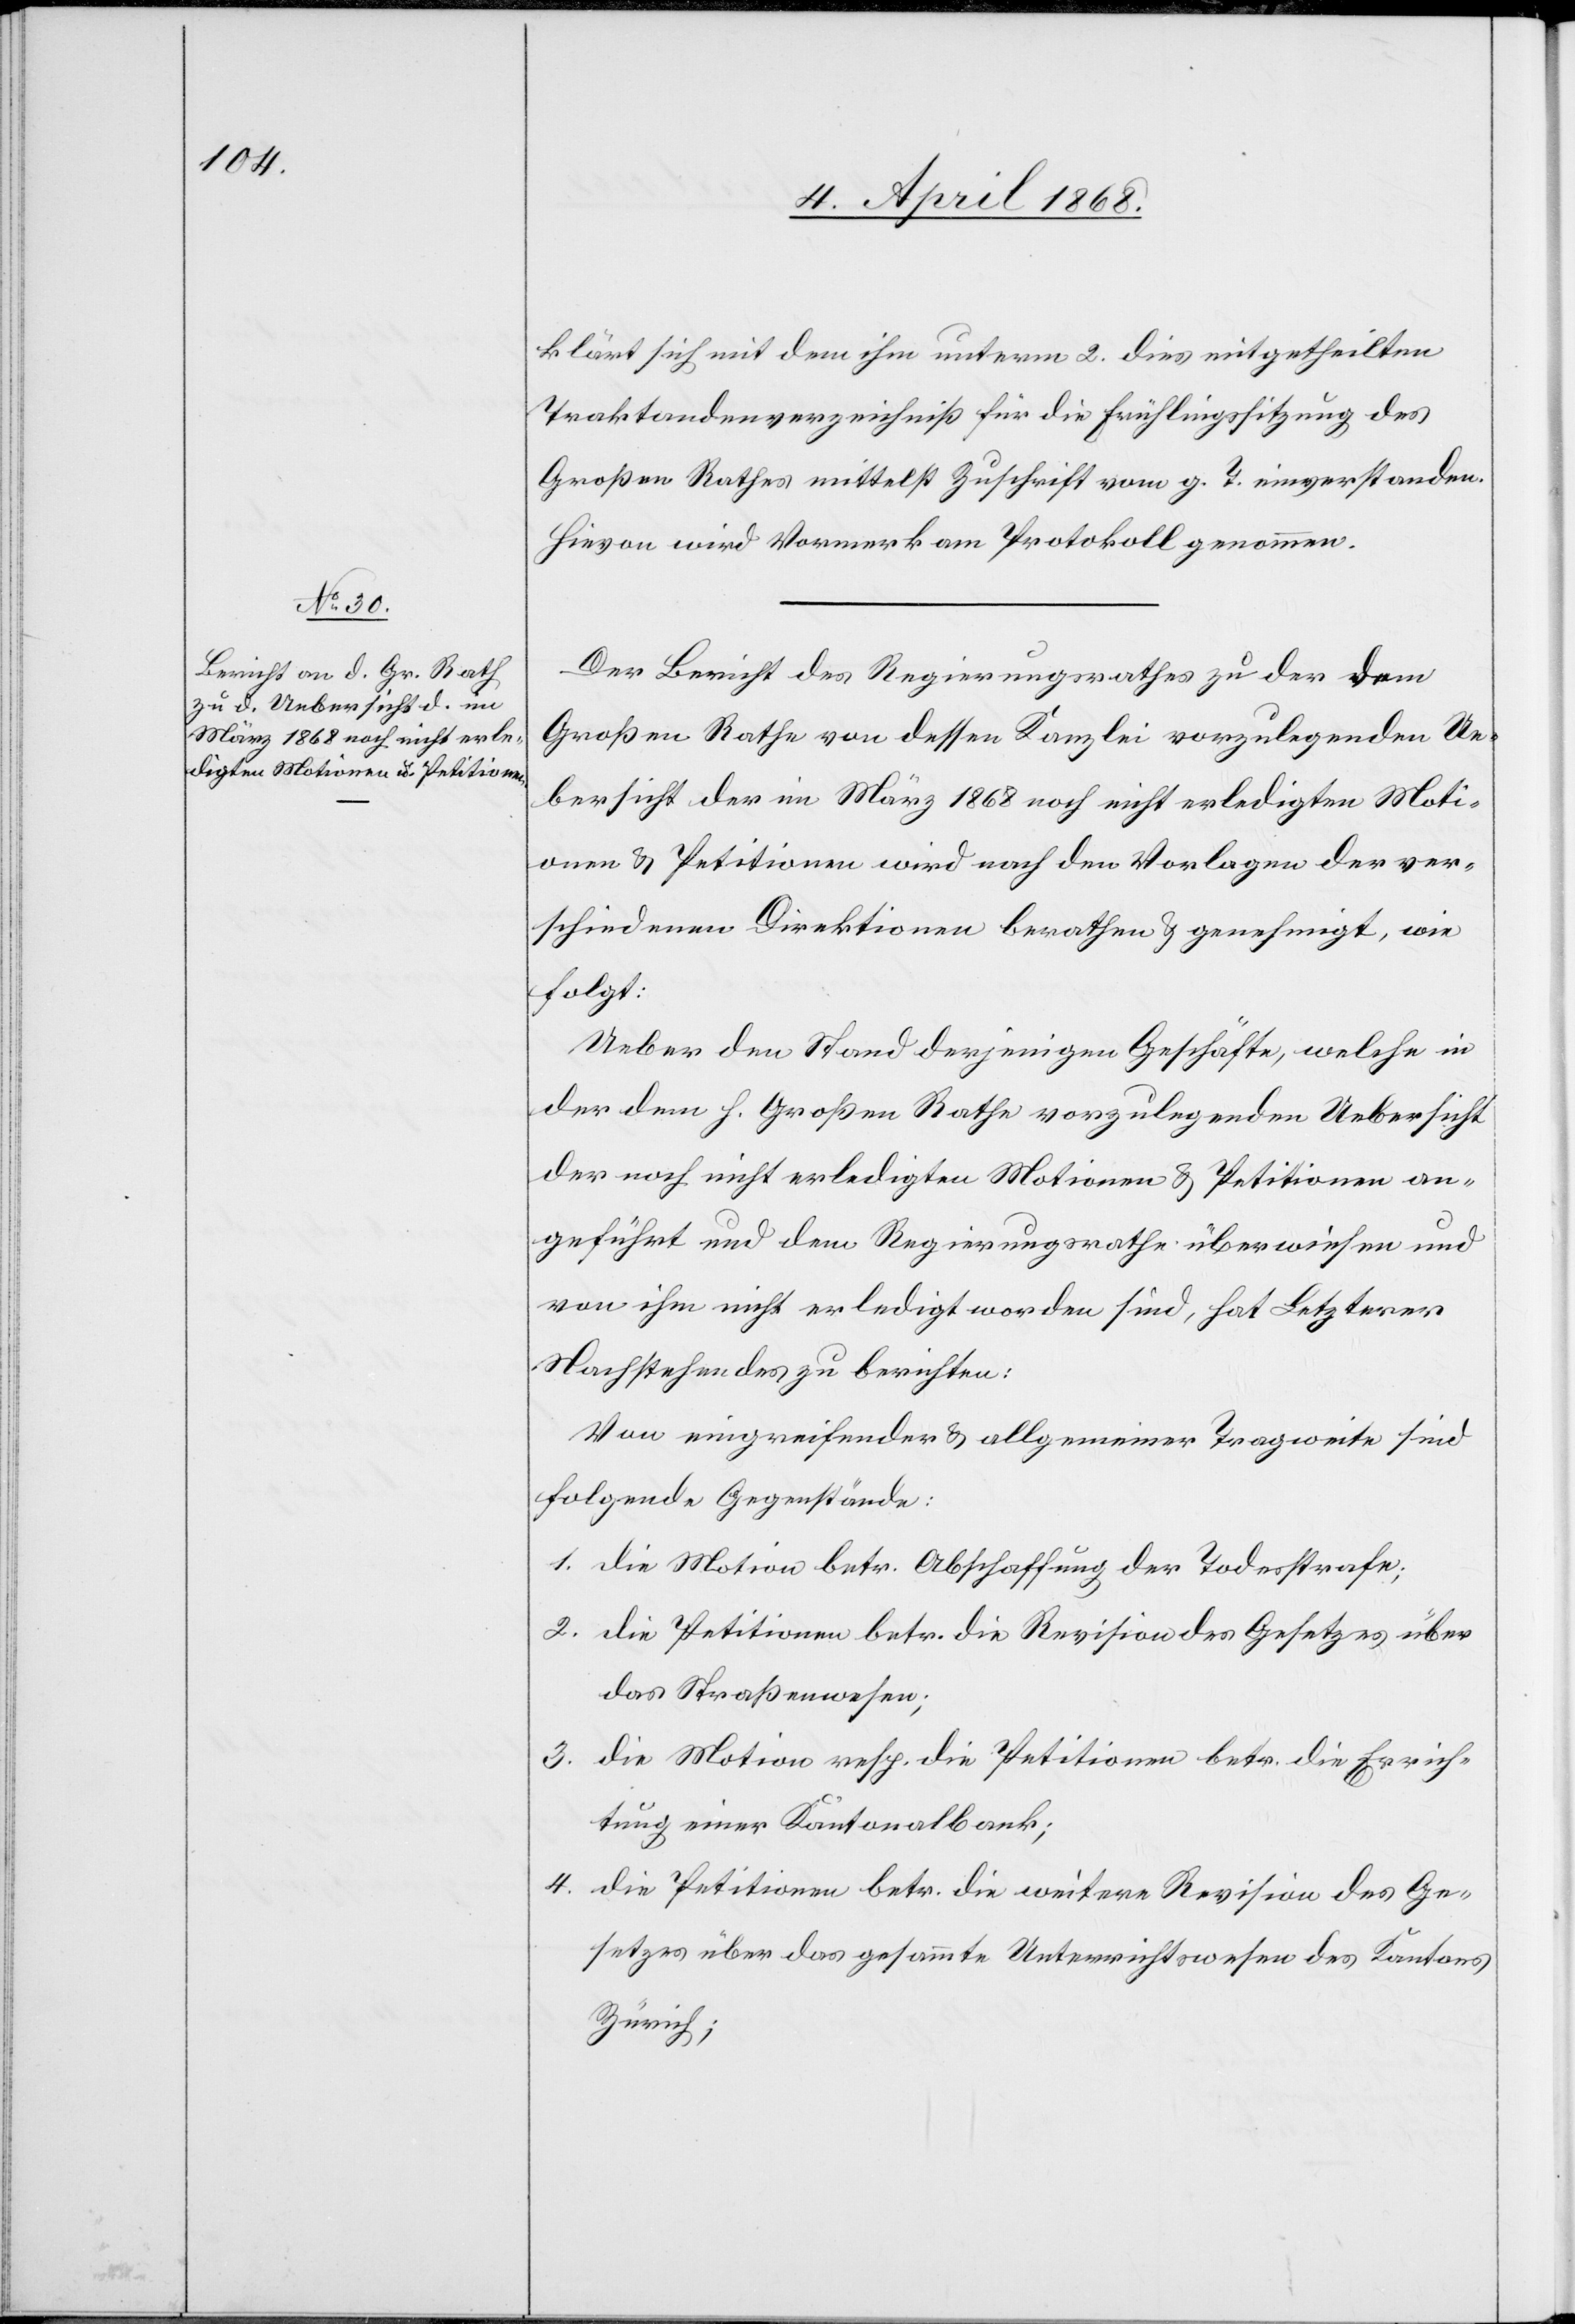
klärt sich mit dem ihm unterm 2. dies mitgetheilten
Traktandenverzeichniß für die Frühlingssitzung des
Großen Rathes mittelst Zuschrift vom g. T. einverstanden.
Hievon wird Vormerk am Protokoll genommen.
Der Bericht des Regierungsrathes zu der dem
Großen Rathe von dessen Kanzlei vorzulegenden Ue¬
bersicht der im März 1868 noch nicht erledigten Moti¬
onen & Petitionen wird nach den Vorlagen der ver¬
schiedenen Direktionen berathen & genehmigt, wie
folgt:
Ueber den Stand derjenigen Geschäfte, welche in
der dem h. Großen Rathe vorzulegenden Uebersicht
der noch nicht erledigten Motionen & Petitionen an¬
geführt und dem Regierungsrathe überwiesen und
von ihm nicht erledigt worden sind, hat Letzterer
Nachstehendes zu berichten:
Von eingreifender & allgemeiner Tragweite sind
folgende Gegenstände:
die Motion betr. Abschaffung der Todesstrafe;
die Petitionen betr. die Revision des Gesetzes über
das Straßenwesen;
die Motion resp. die Petitionen betr. die Errich¬
tung einer Kantonalbank;
die Petitionen betr. die weitere Revision des Ge¬
setzes über das gesammte Unterrichtswesen des Kantons
Zürich;